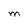
Character: M